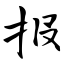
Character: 报